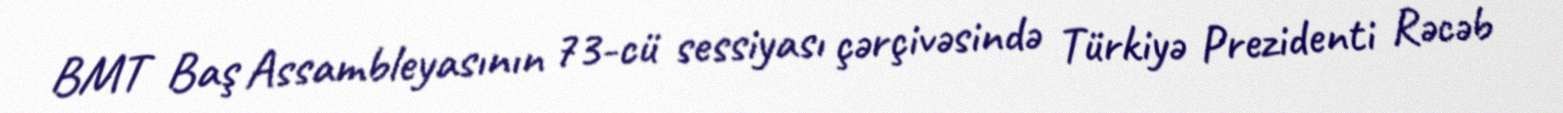
BMT Baş Assambleyasının 73-cü sessiyası çərçivəsində Türkiyə Prezidenti Rəcəb